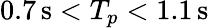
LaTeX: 0.7\, \textrm{s}<T_{p}<1.1\, \textrm{s}